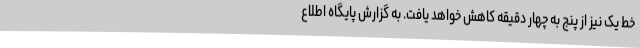
خط یک نیز از پنج به چهار دقیقه کاهش خواهد یافت. به گزارش پایگاه اطلاع